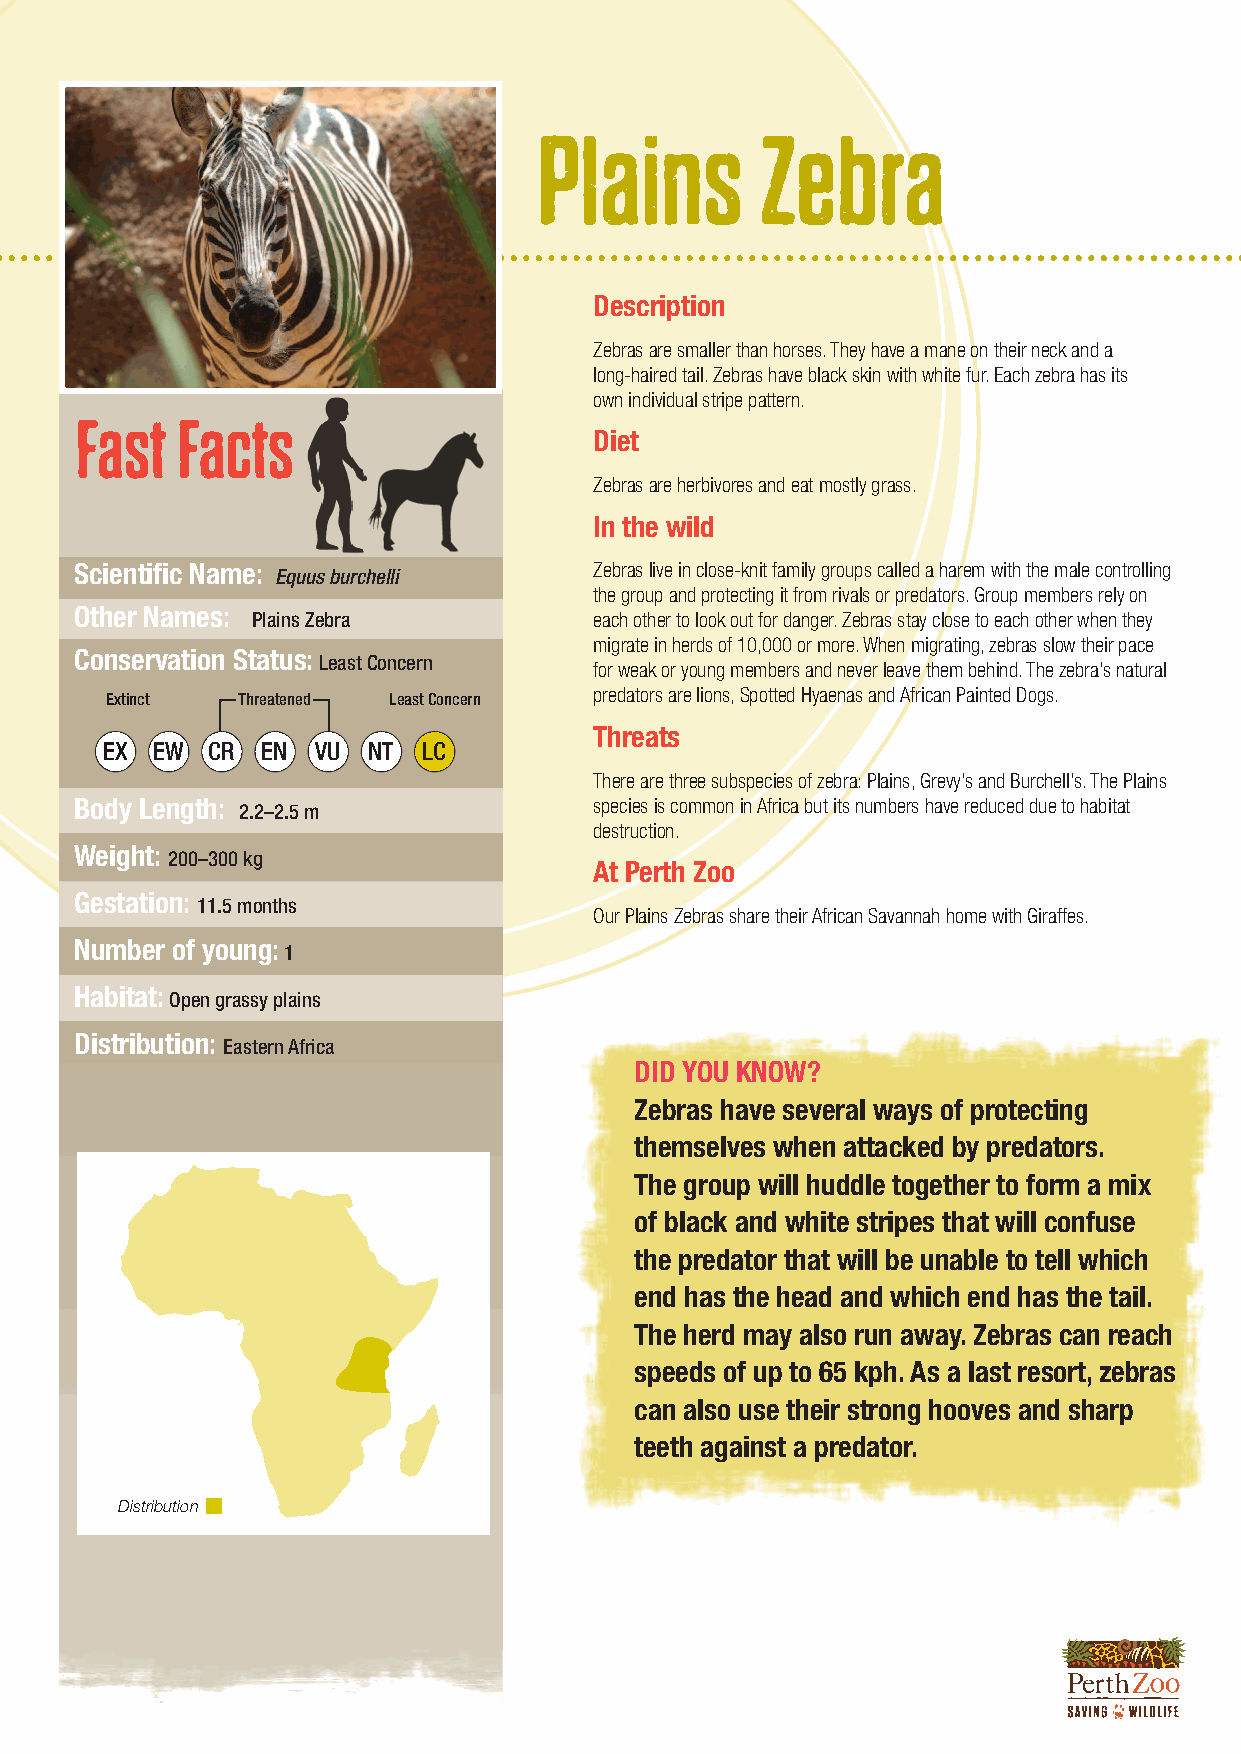
Plains        Zebra
 Description
 Zebras are smaller than horses. They have a mane on their neck and a
 long-haired tail. Zebras have black skin with white fur. Each zebra has its
 own individual stripe pattern.
 Fast   Facts
 Diet
 Zebras are herbivores and eat mostly grass.
 In the wild
 Scientific Name:                  Zebras live in close-knit family groups called a harem with the male controlling
 Equus burchelli
 the group and protecting it from rivals or predators. Group members rely on
 Other Names:
 Plains Zebra          each other to look out for danger. Zebras stay close to each other when they
 migrate in herds of 10,000 or more. When migrating, zebras slow their pace
 Conservation Status:
 Least Concern
 for weak or young members and never leave them behind. The zebra’s natural
 Extinct  Threatened Least Concern predators are lions, Spotted Hyaenas and African Painted Dogs.
 Threats
 EX EW  CR EN  VU NT  LC
 There are three subspecies of zebra: Plains, Grevy’s and Burchell’s. The Plains
 Body Length:                      species is common in Africa but its numbers have reduced due to habitat
 2.2–2.5 m
 destruction.
 Weight:
 200–300 kg
 At Perth Zoo
 Gestation:
 11.5 months
 Our Plains Zebras share their African Savannah home with Giraffes.
 Number of young:
 1
 Habitat:
 Open grassy plains
 Distribution:
 Eastern Africa
 DID YOU KNOW?
 Zebras have several ways of protecting
 themselves when attacked by predators.
 The group will huddle together to form a mix
 of black and white stripes that will confuse
 the predator that will be unable to tell which
 end has the head and which end has the tail.
 The herd may also run away. Zebras can reach
 speeds of up to 65 kph. As a last resort, zebras
 can also use their strong hooves and sharp
 teeth against a predator.
 Distribution